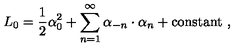
L _ { 0 } = { \frac { 1 } { 2 } } \alpha _ { 0 } ^ { 2 } + \sum _ { n = 1 } ^ { \infty } \alpha _ { - n } \cdot \alpha _ { n } + \mathrm { c o n s t a n t } \ ,